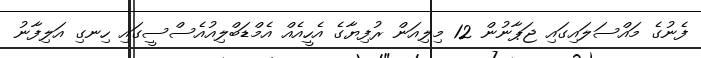
ފެނުގެ މައްސަލައިގައި ޖަޕާނުން 12 މިލިއަން ރުފިޔާގެ އެހީއެއް އެމްޑަބްލިއުއެސްސީގައި ހިނގި އަލިފާނު